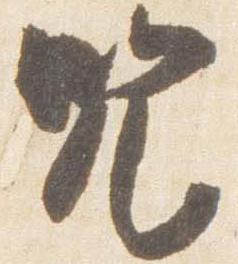
咒